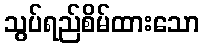
သွပ်ရည်စိမ်ထားသော